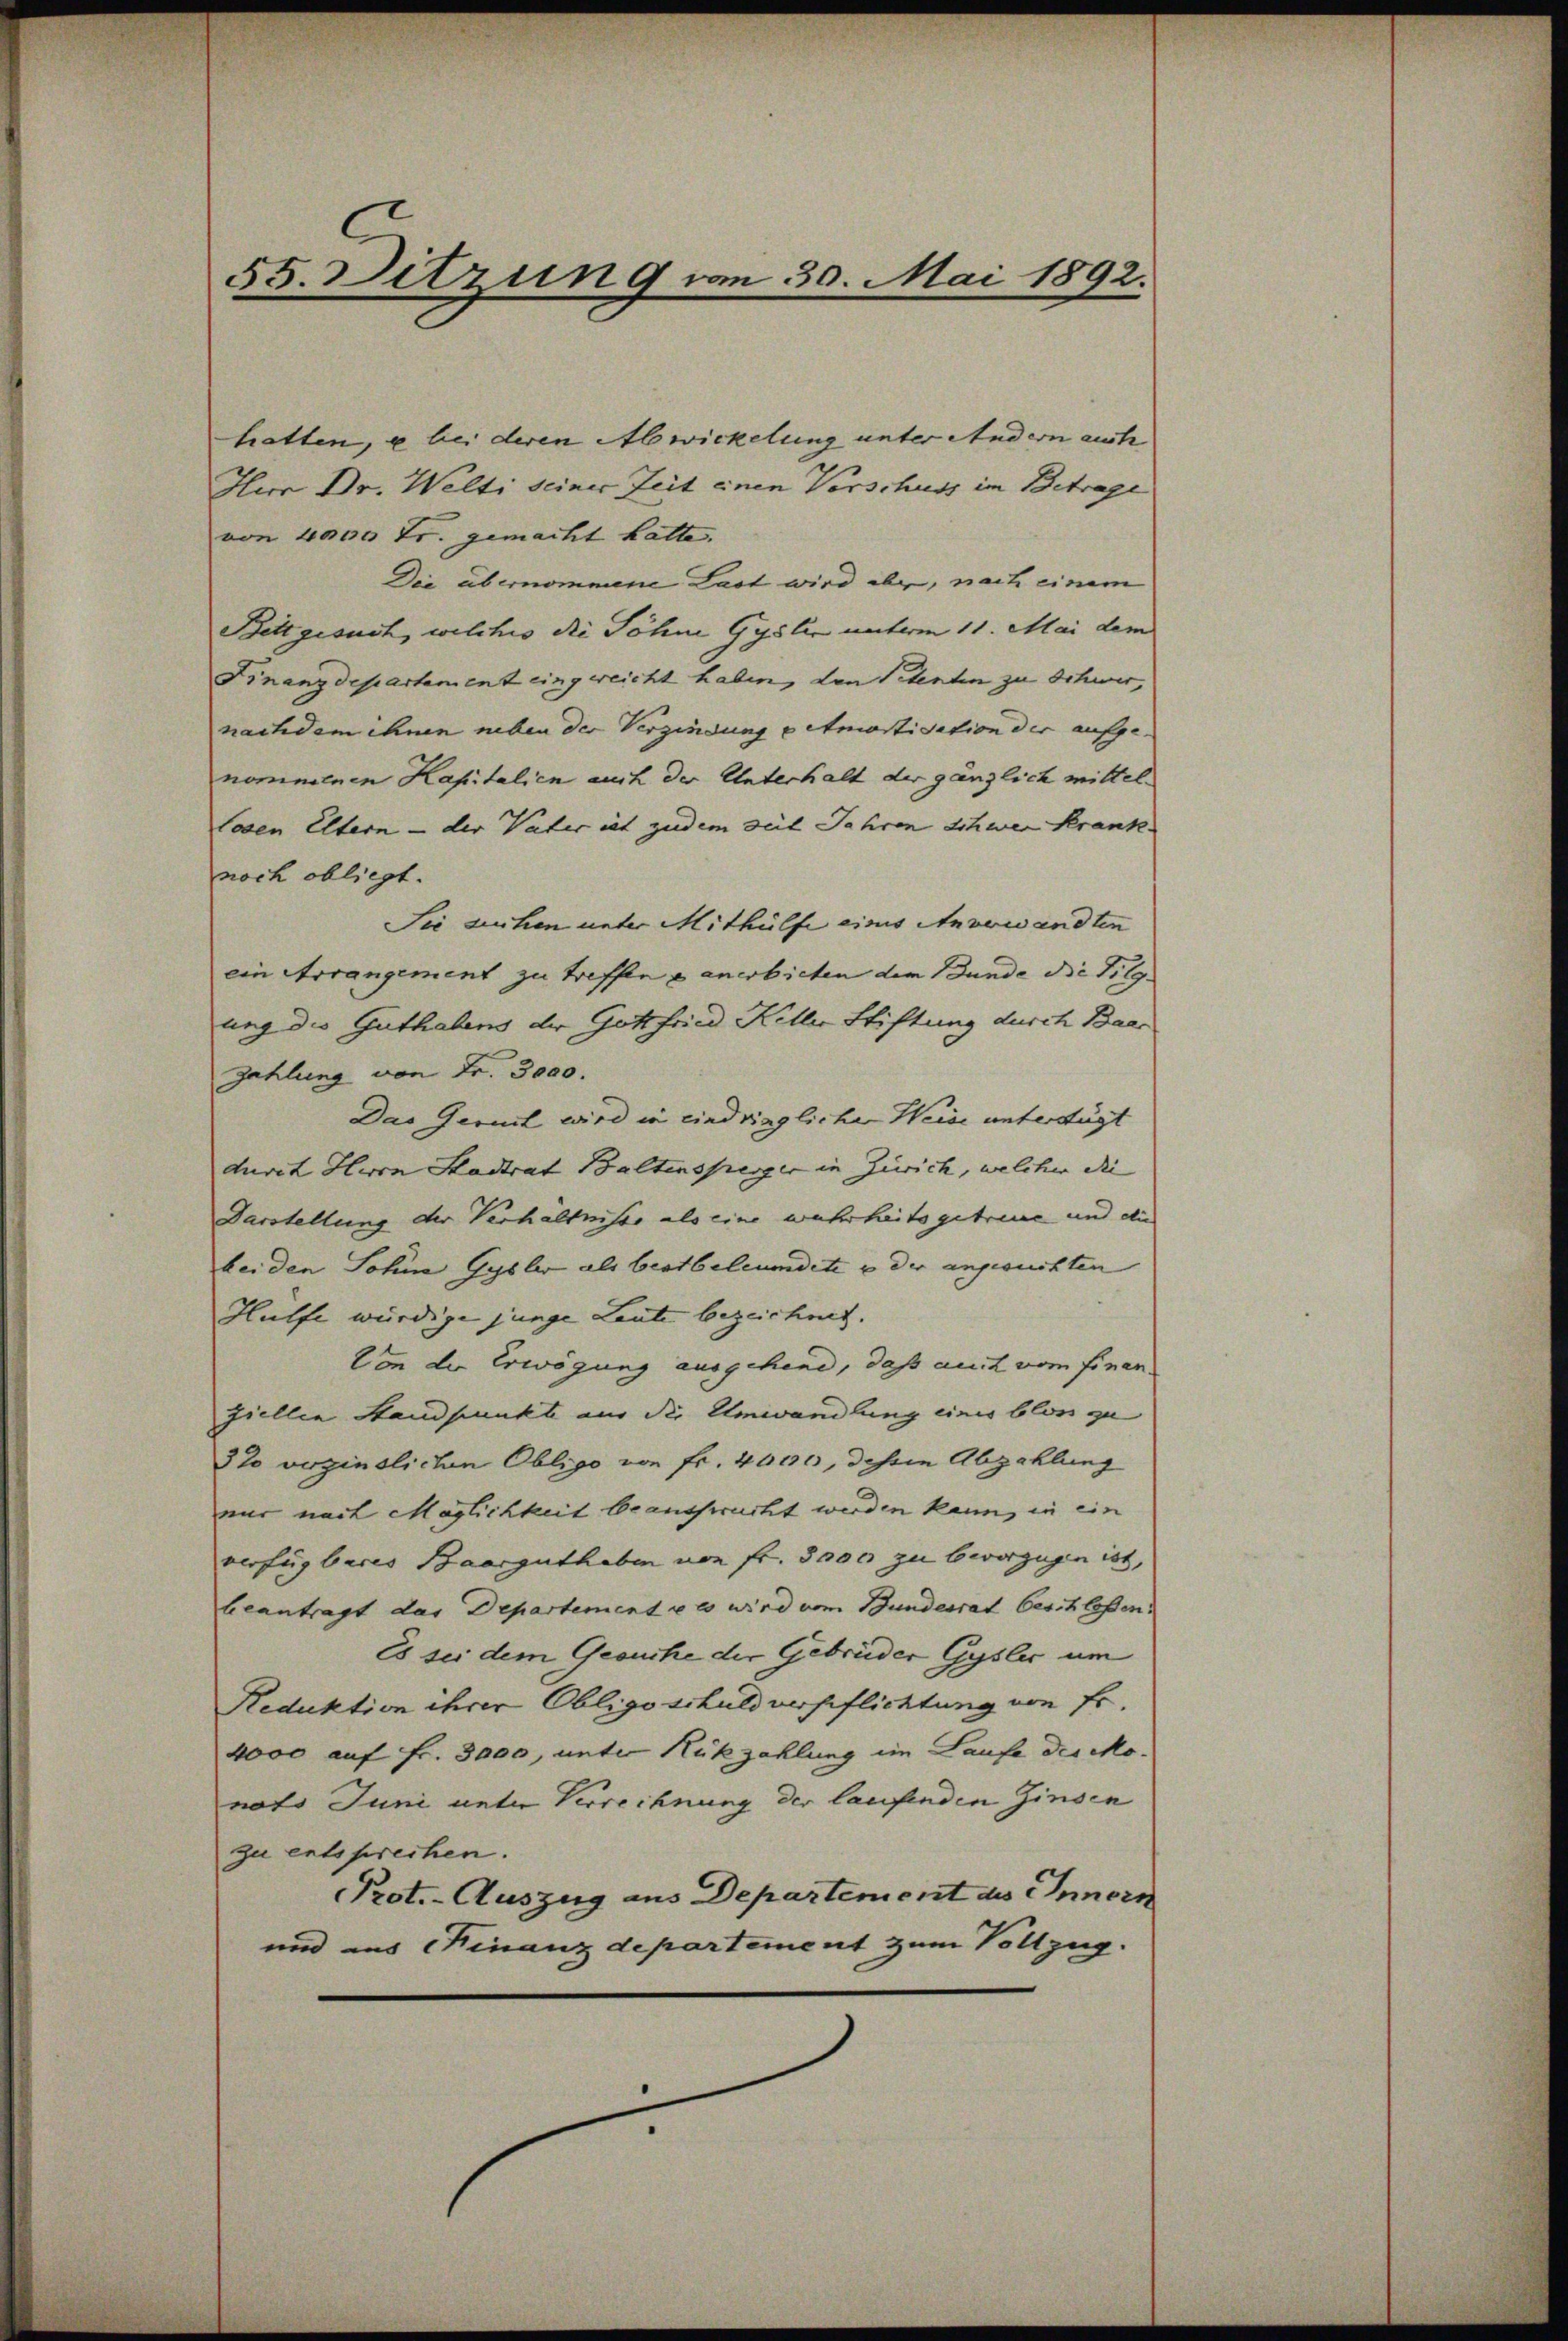
55. Ditzung von 30. Mai 1892.

hatten, u bei deren Abwickelung unter Andern auch
Herr Dr. Welti seiner Zeit einen Verschuss im Betrage
von 4000 Fr. gemacht hatte.
Die übernommene Last wird aber, nach einem
Bett gesuch, welches die Söhne Gyslie unterm 11. Mai dem
Finanzdepartement eingereicht haben, den Petenten zu Schwer,
nachdem ihnen neben der Verzindung petmortisation der aufge-
nommenen Kapitalien auch der Unterhalt der gänzlich mittel-
losen Eltern - der Vater ist zudem seit Jahren Schwer Krank.
noch obliegt.
Sie sichen unter Mithülfe eines Anverwandten
ein Arrangement zu treffen u anerbieten der Bunde die Tilg
ung die Guthabens der Gottfried Keller Stiftung durch Baar
Zahlung von Fr. 3000.
Das Gerint wird in eindringliche Weide unterfügt
durch Herrn Stadtrat Baltensperger in Zürich, welcher die
Darstellung der Verhältnisse als eine wahrheits getreue und die
bei den Sohne Gysler als bestbeleumdete u der angesuchten
Hülfe würdige junge Leute bezeichnet.
Von der Erwägung ausgehend, daß auch vom finan
ziellen Standpunkt aus die Umwandlung eines blos zu
3% verzinslichen Obligo von Fr. 4000, dessin Abzahlung
nur nach Möglichkeit beansprucht werden kann, in ein
verfügbares Baarguthaben von fr. 3000 zu bevorzügen ist,
beantragt das Departemente es wird vom Bundesrat beschloßen:
Es sei dem Gesuche der Gebrüder Gysler um
Reduktion ihrer Obligoschuldverpflichtung von Fr.
4000 auf Fr. 3000, unter Rükzahlung im Laufe des Mo-
nats Juni unter Verrechnung der laufenden Zinsen
zu entsprechen.
Prot.- Auszug aus Departement des Innern
und aus Finanzdepartement zum Vollzug.